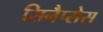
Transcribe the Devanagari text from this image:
सिनैप्सेस